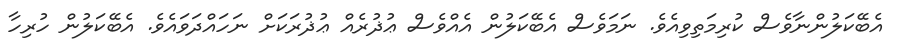
އެބޭކަލުންނާވެސް ކުރިމަތިވިއެވެ. ނަމަވެސް އެބޭކަލުން އެއްވެސް ޢުޛުރެއް ޢުޛުރަކަށް ނަހައްދަވައެވެ. އެބޭކަލުން ހުރިހާ